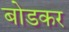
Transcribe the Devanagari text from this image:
बोडकर